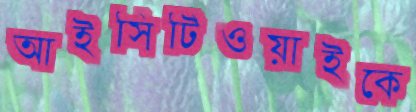
আইসিটিওয়াইকে